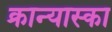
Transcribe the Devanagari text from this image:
क्रान्यास्का